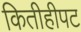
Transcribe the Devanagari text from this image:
कितीहीपट